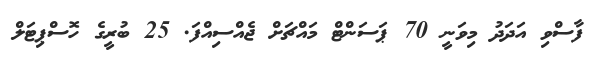
ފާސްވި އަދަދު މިވަނީ 70 ޕަސަންޓް މައްޗަށް ޖެއްސިއްފަ. 25 ބުރީގެ ހޮސްޕިޓަލް